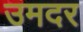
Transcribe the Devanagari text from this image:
उमदर